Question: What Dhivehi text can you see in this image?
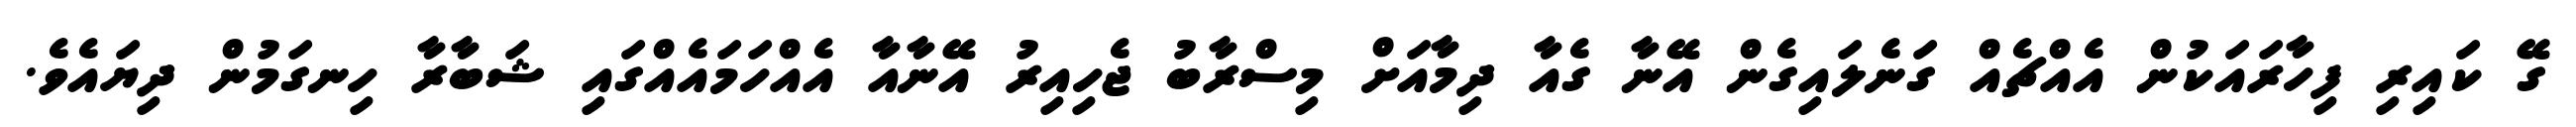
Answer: ގޭ ކައިރި ފިހާރައަކުން އެއްޗެއް ގަނެލައިގެން އޭނާ ގެއާ ދިމާއަށް މިސްރާބު ޖެހިއިރު އޭނާއާ އެއްހަމައެއްގައި ޝަބާރާ ހިނގަމުން ދިޔައެވެ.